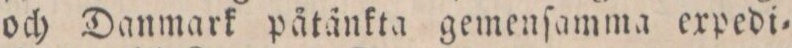
och Danmark påtänkta gemenſamma expedi=